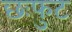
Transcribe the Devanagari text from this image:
छःफुट